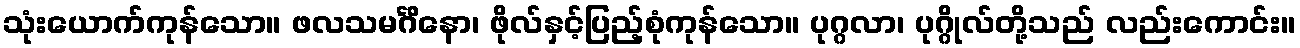
သုံးယောက်ကုန်သော။ ဖလသမင်္ဂိနော၊ ဖိုလ်နှင့်ပြည့်စုံကုန်သော။ ပုဂ္ဂလာ၊ ပုဂ္ဂိုလ်တို့သည် လည်းကောင်း။